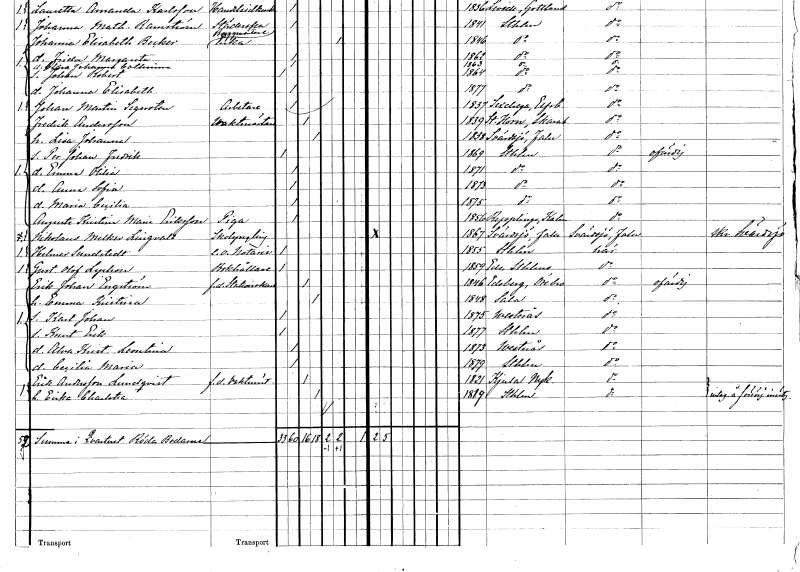
gt_parse: households: individuals: FN: Fredrik
EN: Andersson
YRKE: Vaktmästare
KON: M
CIV: G
FODAR: 1839
FODFORS: Horn Skaraborgs län
FN: Lisa Johanna
KON: K
CIV: G
FODAR: 1838
FODFORS: Svärdsjö Kopparbergs län
FN: Per Johan Fredrik
KON: M
CIV: O
FODAR: 1869
FODFORS: Stockholm
FN: Emma Otilia
KON: K
CIV: O
FODAR: 1871
FODFORS: Stockholm
FN: Anna Sofia
KON: K
CIV: O
FODAR: 1873
FODFORS: Stockholm
FN: Maria Cecilia
KON: K
CIV: O
FODAR: 1875
FODFORS: Stockholm
FN: Augusta Kristina Maria
EN: Eriksson
YRKE: Piga
KON: K
CIV: O
FODAR: 1856
FODFORS: Räpplinge Kalmar län
FN: Nikolaus Melker
EN: Lingvall
YRKE: Skolyngling
KON: M
CIV: O
FODAR: 1867
FODFORS: Svärdsjö Kopparbergs län
FN: Helmer
EN: Sundstedt
YRKE: Notarie e.o.
KON: M
CIV: O
FODAR: 1855
FODFORS: Stockholm
FN: Gustaf Olof
EN: Lychou
YRKE: Bokhållare
KON: M
CIV: O
FODAR: 1859
FODFORS: Ed Stockholms län
FN: Erik Johan
EN: Engström
YRKE: Stationskarl f.d.
KON: M
CIV: G
FODAR: 1846
FODFORS: Edsberg Örebro län
FN: Emma Kristina
KON: K
CIV: G
FODAR: 1848
FODFORS: Sala Västmanlands län
FN: Karl Johan
KON: M
CIV: O
FODAR: 1875
FODFORS: Västerås Västmanlands län
FN: Knut Erik
KON: M
CIV: O
FODAR: 1877
FODFORS: Stockholm
FN: Alva Kristina Leontina
KON: K
CIV: O
FODAR: 1873
FODFORS: Västerås Västmanlands län
FN: Cecilia Maria
KON: K
CIV: O
FODAR: 1879
FODFORS: Stockholm
FN: Erik
EN: Andersson Lundqvist
YRKE: Vaktmästare f.d.
KON: M
CIV: G
FODAR: 1821
FODFORS: Kjula Södermanlands län
FN: Erika Charlotta
KON: K
CIV: G
FODAR: 1819
FODFORS: Stockholm